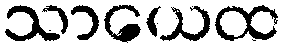
သာယေထ